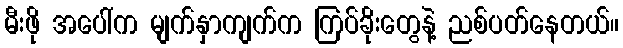
မီးဖို အပေါ်က မျက်နှာကျက်က ကြပ်ခိုးတွေနဲ့ ညစ်ပတ်နေတယ်။